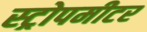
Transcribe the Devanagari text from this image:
स्ट्रोपमीटर